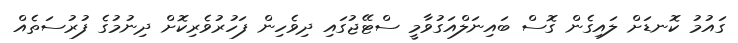
ގައުމު ކޮނޑަށް ލައިގެން ގޮސް ބައިނަލްއަގުވާމީ ސްޓޭޖުގައި ދިވެހިން ފަހުރުވެރިކޮށް ދިނުމުގެ ފުރުސަތެއް